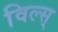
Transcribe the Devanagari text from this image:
विल्स्